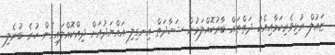
ޒައުލް ރުޅިވެރިކަމާއިއެކު ދަތްތައް ބާރުކޮއްލަމުން ޝަހާދަތް އިނގިލި އައްޔަދުއަށް ދިއްކޮއްލައިގެން ހުރެ ބުނެލި